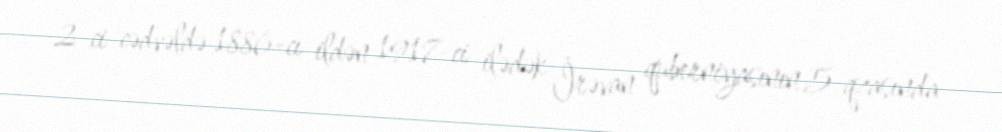
2-ci cədvəldə 1886-cı ildən 1917-ci ilədək İrəvan quberniyasının 5 qzasında